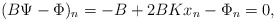
\begin{align*}(B \Psi - \Phi)_n = - B + 2 BK x_n - \Phi_n = 0,\end{align*}